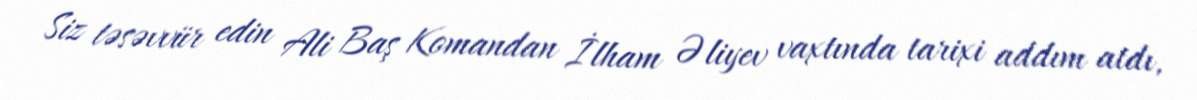
Siz təsəvvür edin Ali Baş Komandan İlham Əliyev vaxtında tarixi addım atdı,